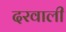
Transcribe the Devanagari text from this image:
दरवाली